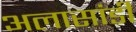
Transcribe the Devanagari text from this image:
अलासांडी